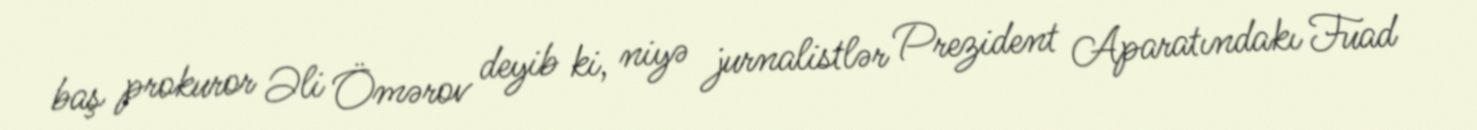
baş prokuror Əli Ömərov deyib ki, niyə jurnalistlər Prezident Aparatındakı Fuad